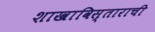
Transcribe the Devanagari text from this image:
शाखाविस्ताराची